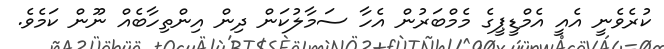
ކުރެވެނީ އެއީ އެމްޑީޕީގެ މެމްބަރުން އެހާ ސަމާލުކަން ދިން އިންތިހާބެއް ނޫން ކަމެވެ.